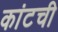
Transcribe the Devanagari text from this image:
कांटची